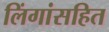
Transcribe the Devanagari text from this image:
लिंगांसहित